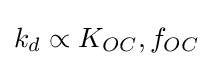
k_{d}\propto K_{OC},f_{OC}